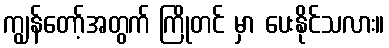
ကျွန်တော့်အတွက် ကြိုတင် မှာ ပေးနိုင်သလား။